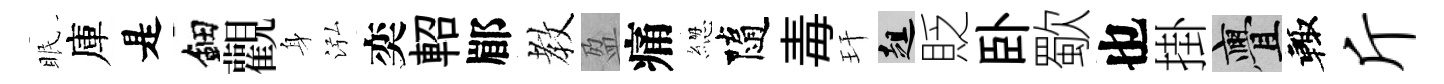
眠庫是鈿觀身泓奕軺郿教盈痛緫隨毒玕趄貶卧歜也掛亹輙斤